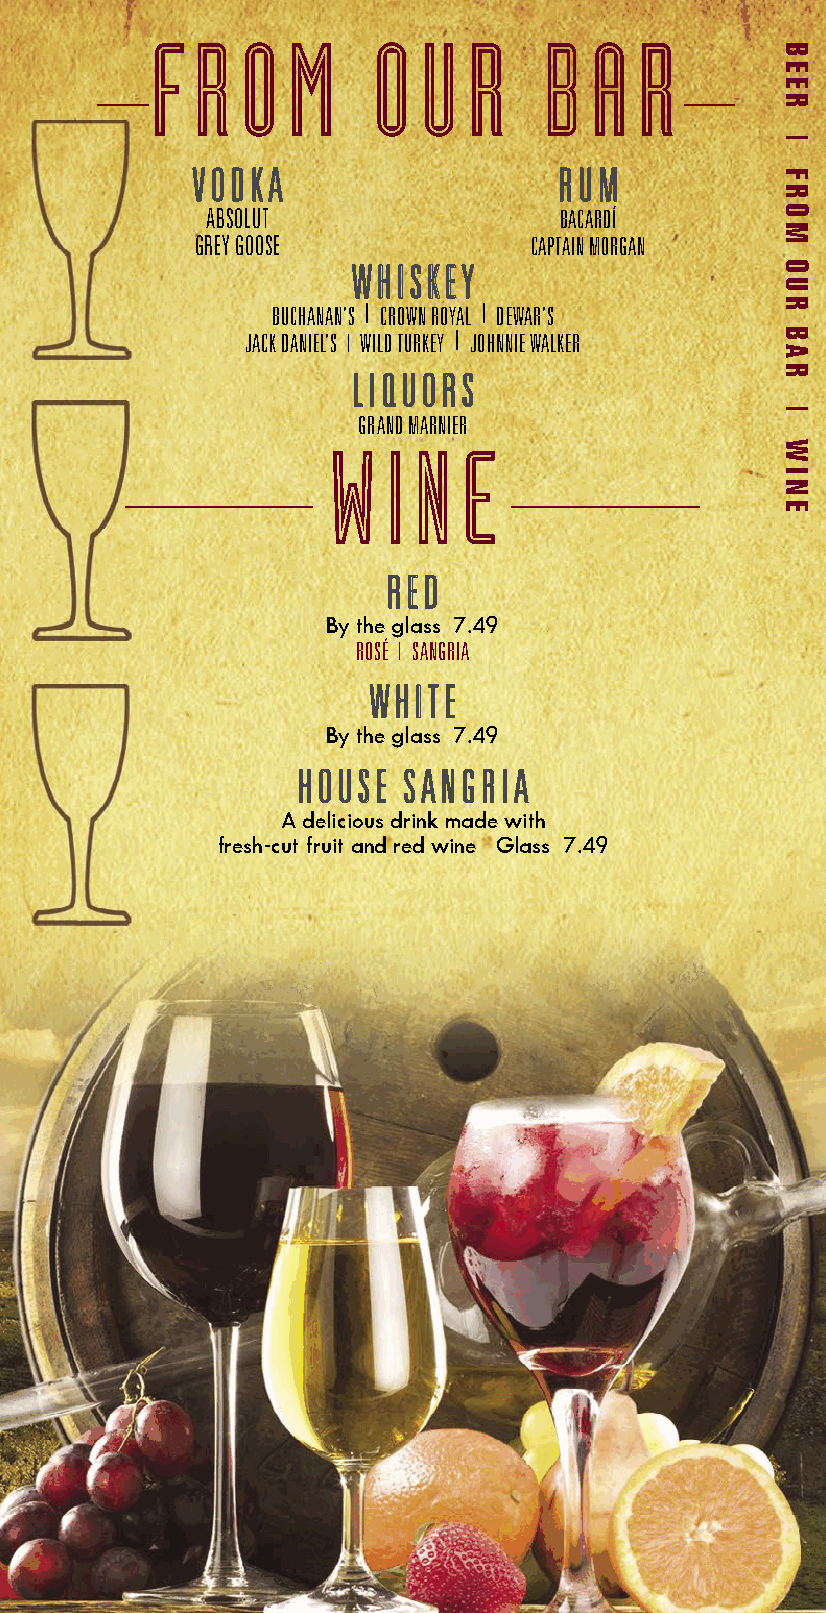
F  R  O  M     O  U  R    B  A  R
 VVOODDKKAA              RRUUMM
 ABSOLUT                BACARDÍ
 GREY GOOSE            CAPTAIN MORGAN
 WWHHIISSKKEEYY
 BUCHANAN’S | CROWN ROYAL | DEWAR’S
 JACK DANIEL’S | WILD TURKEY | JOHNNIE WALKER
 LLIIQQUUOORRSS
 GRAND MARNIER
 W   I N  E
 RREEDD
 By the glass 7.49
 ROSÉ | SANGRIA
 WWHHIITTEE
 By the glass 7.49
 HHOOUUSSEE SSAANNGGRRIIAA
 A delicious drink made with
 fresh-cut fruit and red wine Glass 7.49
 BEER
 |
 FROM
 OUR
 BAR
 |
 WINE